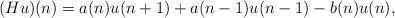
LaTeX: \begin{align*} (H u)(n)=a(n)u(n+1)+a(n-1)u(n-1)-b(n)u(n), \end{align*}